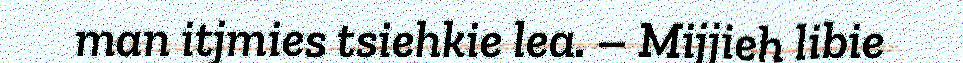
man itjmies tsiehkie lea. – Mijjieh libie